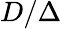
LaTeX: D/\Delta